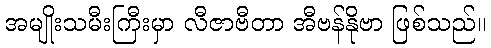
အမျိုးသမီးကြီးမှာ လီဇာဗီတာ အီဗန်နိုဗာ ဖြစ်သည်။